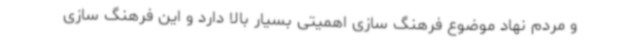
و مردم نهاد موضوع فرهنگ سازی اهمیتی بسیار بالا دارد و این فرهنگ سازی